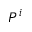
P ^ { i }